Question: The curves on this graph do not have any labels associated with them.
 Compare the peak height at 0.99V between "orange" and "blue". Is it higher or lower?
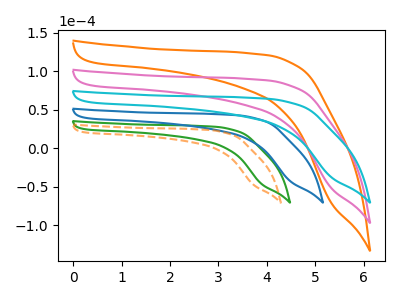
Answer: <think>The orange curve "orange" has no peaks. The green curve "green" has no peaks. The pink curve "pink" has no peaks. The blue curve "blue" has no peaks. The orange dashed curve "orange dashed" has no peaks. The cyan curve "cyan" has no peaks.</think>
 <answer>"orange" and "blue" dont share a peak at 0.99V.</answer>
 <eval>mismatch</eval>